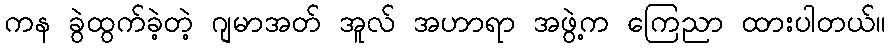
ကန ခွဲထွက်ခဲ့တဲ့ ဂျမာအတ် အူလ် အဟာရာ အဖွဲ့က ကြေညာ ထားပါတယ်။